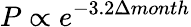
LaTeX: P\propto e^{-3.2\Delta month}